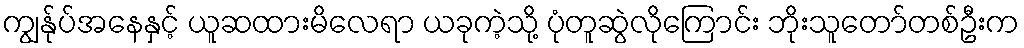
ကျွန်ုပ်အနေနှင့် ယူဆထားမိလေရာ ယခုကဲ့သို့ ပုံတူဆွဲလိုကြောင်း ဘိုးသူတော်တစ်ဦးက